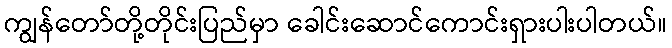
ကျွန်တော်တို့တိုင်းပြည်မှာ ခေါင်းဆောင်ကောင်းရှားပါးပါတယ်။